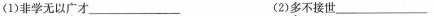
(1)非学无以广才___ (2)多不接世___